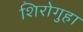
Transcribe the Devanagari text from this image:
शिरोगुहा